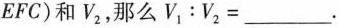
EFC)和V_{2}，那么$$V _ { 1 } ： V _ { 2 } =$$___.